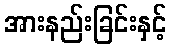
အားနည်းခြင်းနှင့်